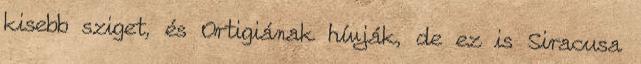
kisebb sziget, és Ortigiának hívják, de ez is Siracusa